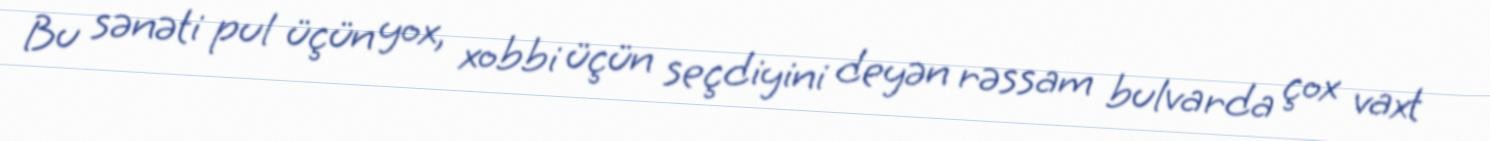
Bu sənəti pul üçün yox, xobbi üçün seçdiyini deyən rəssam bulvarda çox vaxt